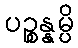
ပဉ္စန္နမ္ပိ